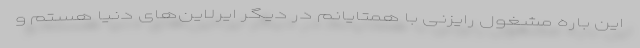
این باره مشغول رایزنی با همتایانم در دیگر ایرلاین‌های دنیا هستم و